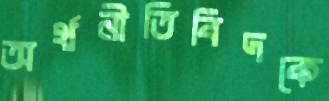
অর্থনীতিবিদকে